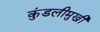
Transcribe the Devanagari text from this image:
कुंडलीमुखी